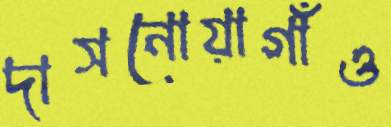
দাসনোয়াগাঁও